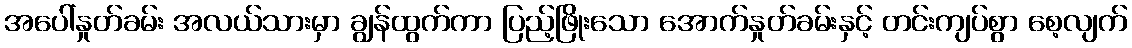
အပေါ်နှုတ်ခမ်း အလယ်သားမှာ ချွန်ထွက်ကာ ပြည့်ဖြိုးသော အောက်နှုတ်ခမ်းနှင့် တင်းကျပ်စွာ စေ့လျက်